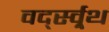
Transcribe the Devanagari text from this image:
वर्द्स्व्र्थ